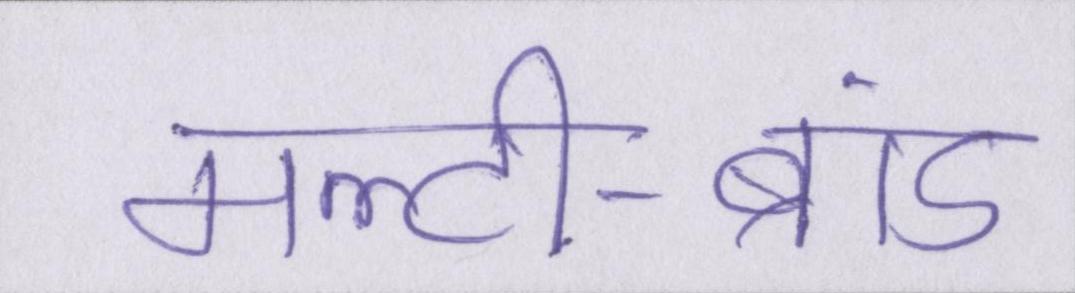
मल्टी-ब्रांड